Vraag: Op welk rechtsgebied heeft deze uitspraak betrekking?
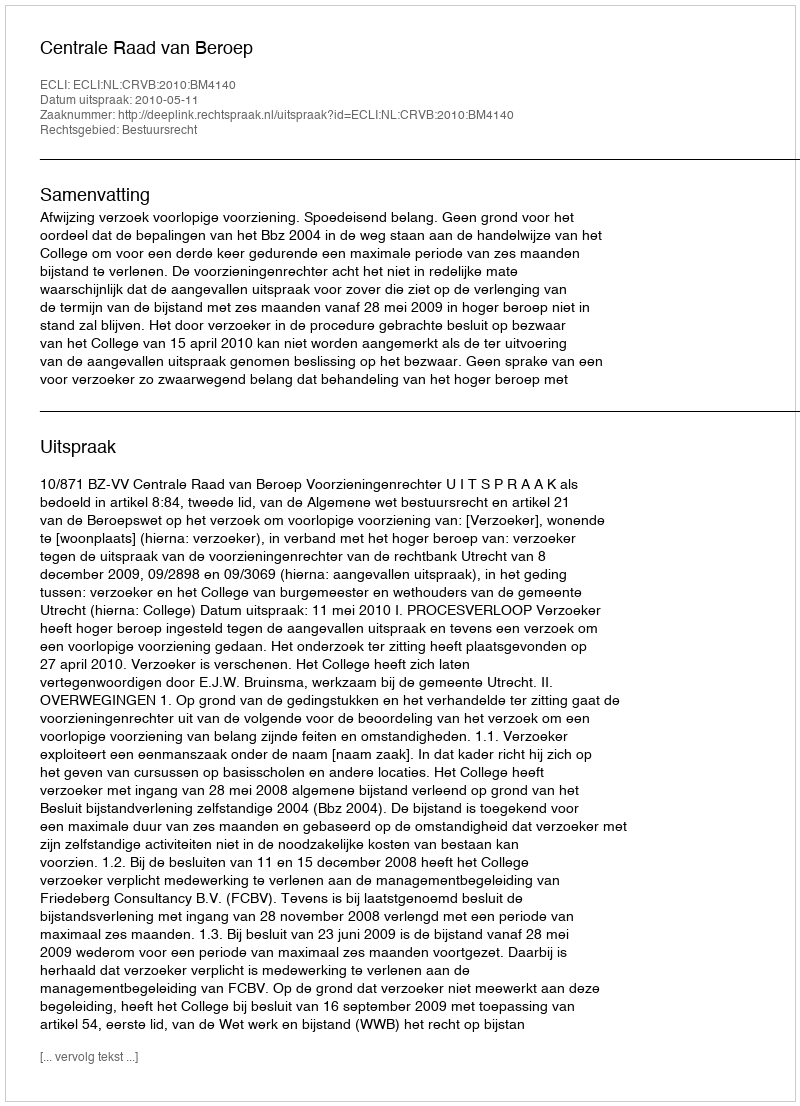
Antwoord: Bestuursrecht